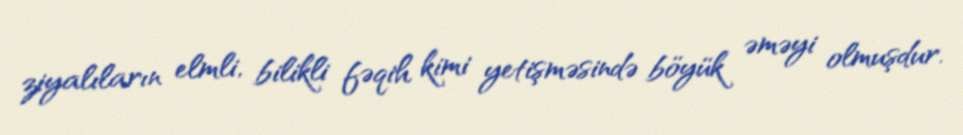
ziyalıların elmli, bilikli fəqih kimi yetişməsində böyük əməyi olmuşdur.